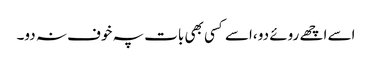
اسے اچھے روئے دو ،اسے کسی بھی بات پہ خوف نہ دو۔